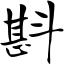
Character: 斟